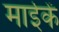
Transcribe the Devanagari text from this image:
माईकें